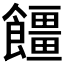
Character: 𮩓